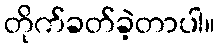
တိုက်ခတ်ခဲ့တာပါ။